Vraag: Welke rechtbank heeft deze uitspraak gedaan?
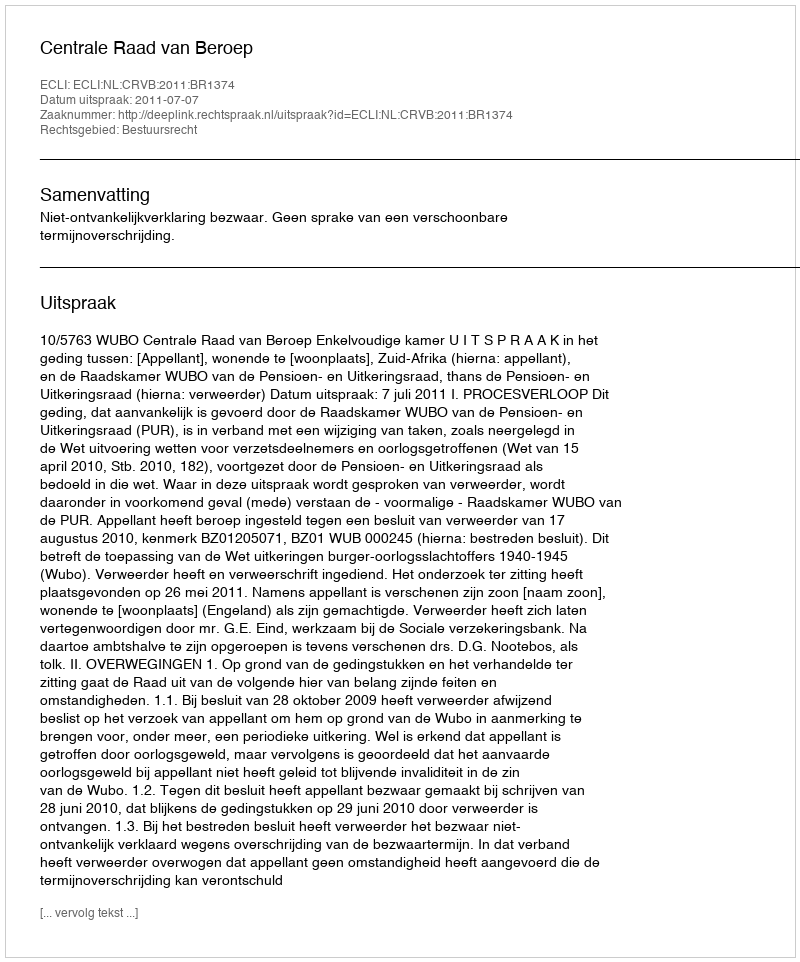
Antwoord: Centrale Raad van Beroep